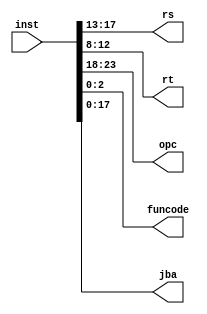
`timescale 1ns / 1ps
//////////////////////////////////////////////////////////////////////////////////
// Company: 
// Engineer: 
// 
// Design Name: 
// Module Name: split
// Project Name: 
// Target Devices: 
// Tool Versions: 
// Description: 
// 
// Dependencies: 
// 
// Revision:
// Revision 0.01 - File Created
// Additional Comments:
// 
//////////////////////////////////////////////////////////////////////////////////
module split(input [23:0] inst, output[4:0]rs,rt,output[5:0]opc,output[2:0]funcode,output[17:0]jba);
assign rs=inst[17:13];
assign rt=inst[12:8];
assign opc=inst[23:18];
assign funcode=inst[2:0];
assign jba=inst[17:0];
//se={{16{instruction[15]}},instruction[15:0]};
endmodule